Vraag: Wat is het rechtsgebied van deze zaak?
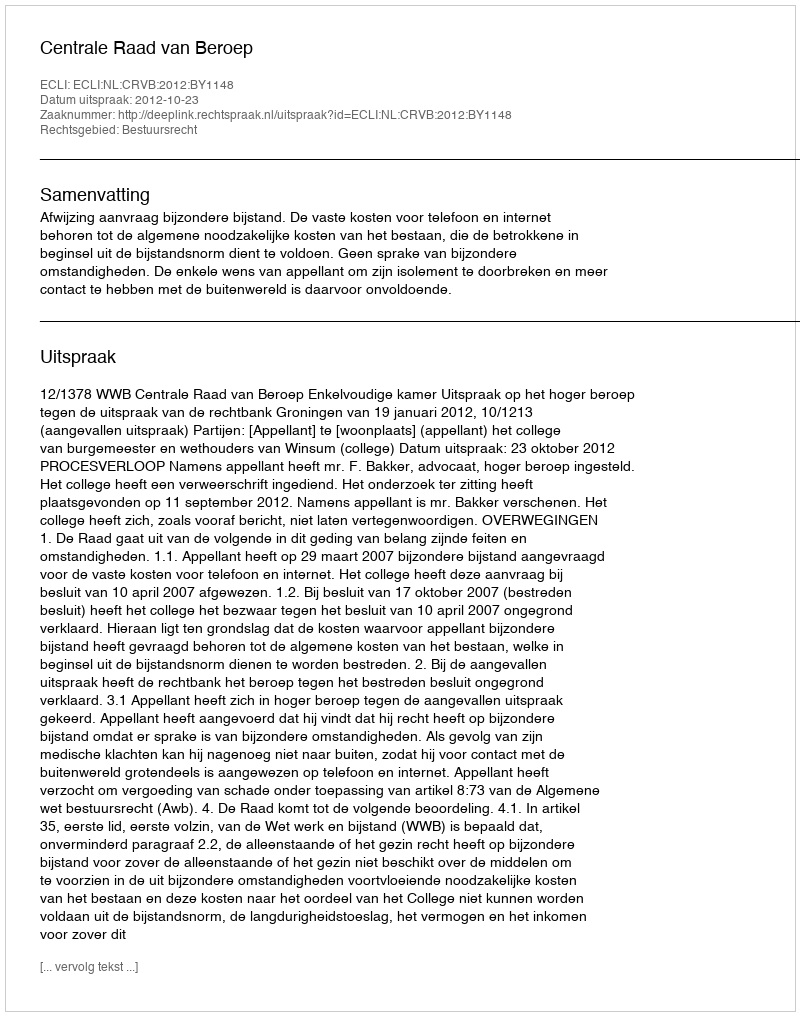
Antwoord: Bestuursrecht